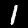
Label: 1